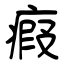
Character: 瘕